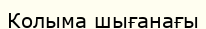
Колыма шығанағы